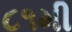
૮૧મી